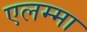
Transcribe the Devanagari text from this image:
एलम्‍मा